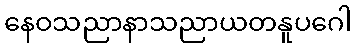
နေဝသညာနာသညာယတနူပဂေါ